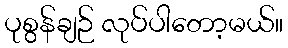
ပုစွန်ချဉ် လုပ်ပါတော့မယ်။